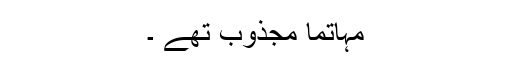
مہاتما مجذوب تھے ۔